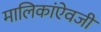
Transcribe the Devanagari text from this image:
मालिकांऐवजी